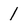
Character: 1